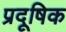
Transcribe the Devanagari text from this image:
प्रदूषिक